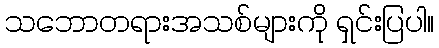
သဘောတရားအသစ်များကို ရှင်းပြပါ။